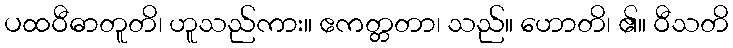
ပထဝီဓာတူတိ၊ ဟူသည်ကား။ ဧကတ္တတာ၊ သည်။ ဟောတိ၊ ၏။ ဝီသတိ